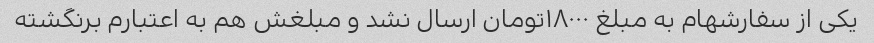
یکی از سفارشهام به مبلغ ۱۸۰۰۰تومان ارسال نشد و مبلغش هم به اعتبارم برنگشته